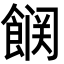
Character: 𮩆